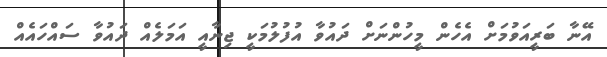
އޭނާ ބަރީއަވުމަށް އެހެން މީހުންނަށް ދައުވާ އުފުލުމަކީ ޖިނާއީ އަމަލެއް ދައުވާ ސައްހައެއް